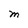
Character: M